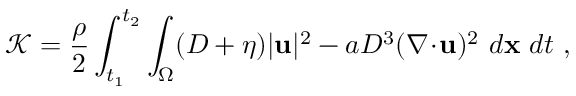
\mathcal { K } = \frac { \rho } { 2 } \int _ { t _ { 1 } } ^ { t _ { 2 } } \int _ { \Omega } ( D + \eta ) | \mathbf { u } | ^ { 2 } - a D ^ { 3 } ( \nabla \! \cdot \! \mathbf { u } ) ^ { 2 } ~ d \mathbf { x } ~ d t \ ,